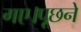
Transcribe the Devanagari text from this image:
गए।पूछने